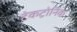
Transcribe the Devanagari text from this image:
टेकट्रोनिक